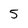
Character: 5